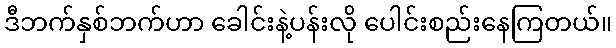
ဒီဘက်နှစ်ဘက်ဟာ ခေါင်းနဲ့ပန်းလို ပေါင်းစည်းနေကြတယ်။